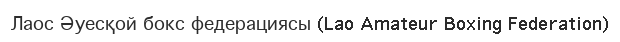
Лаос Әуесқой бокс федерациясы (Lao Amateur Boxing Federation)